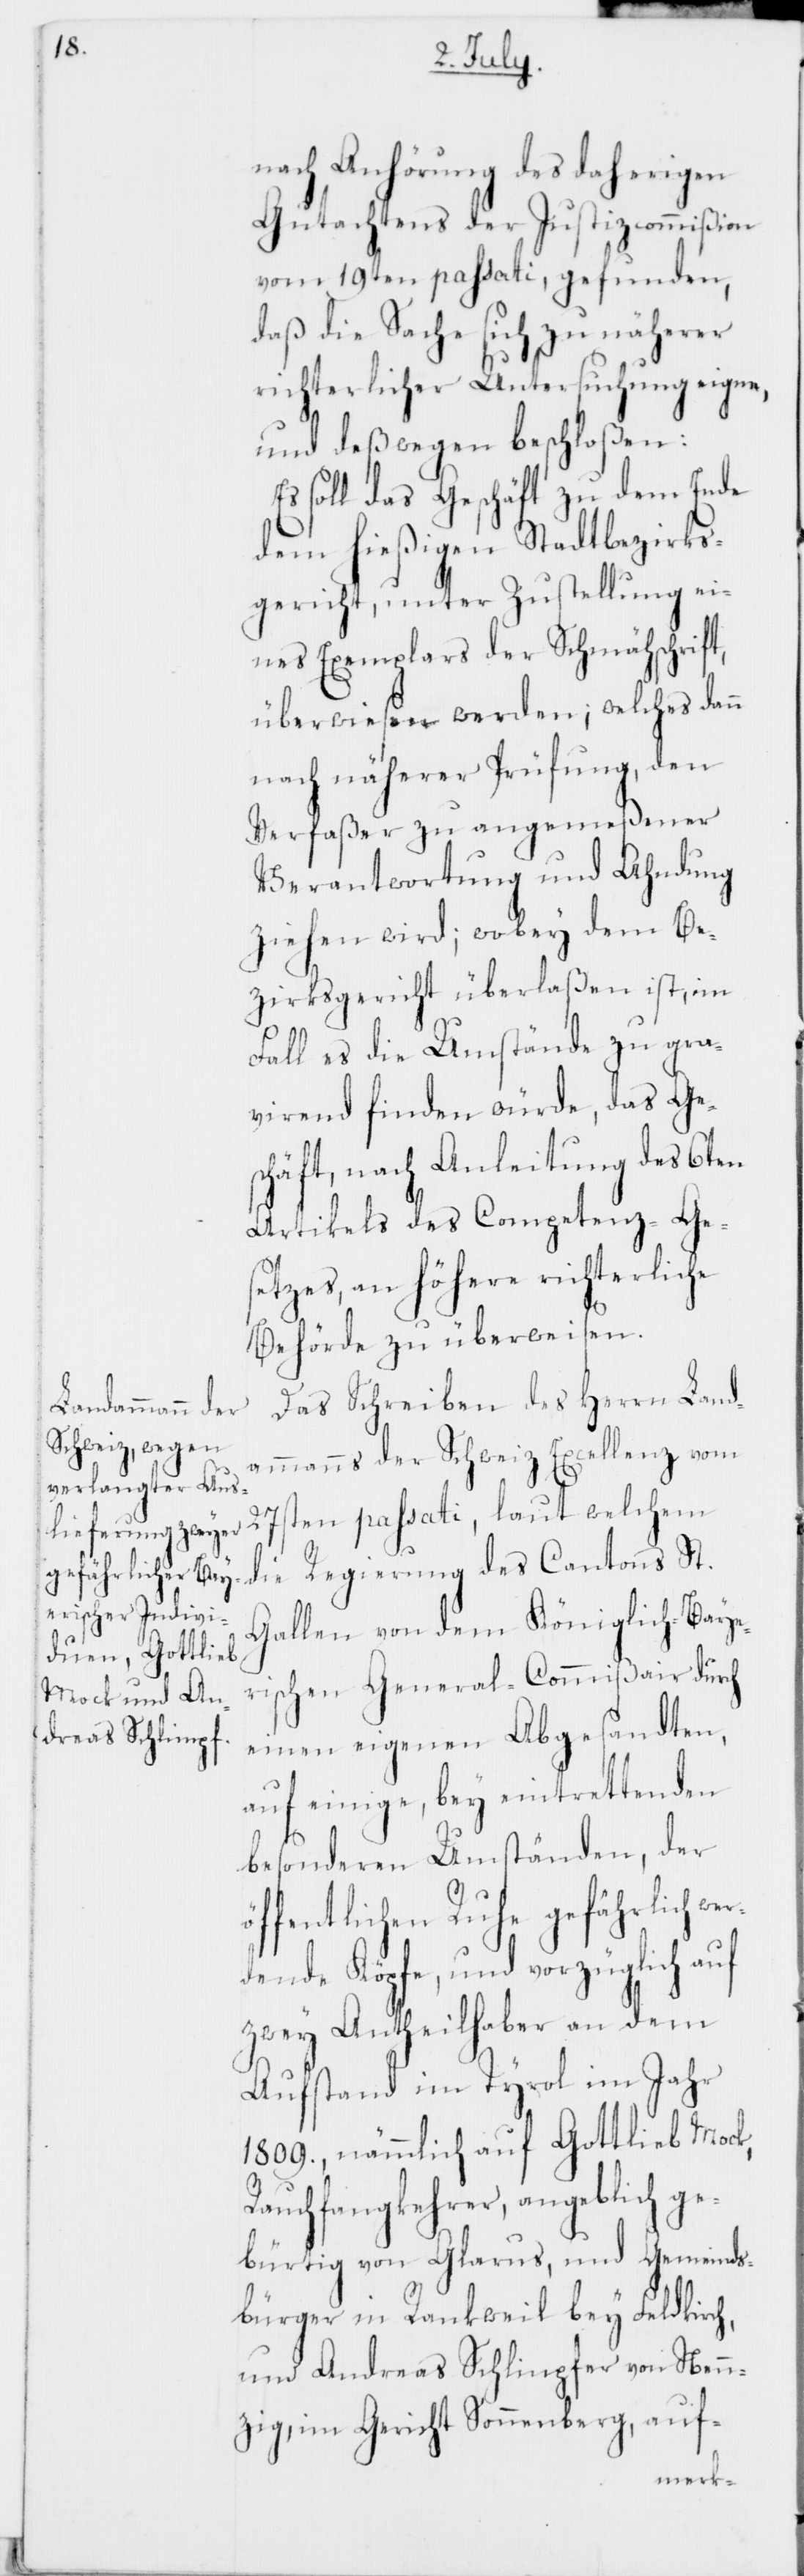
nach Anhörung des daherigen
Gutachtens der Justizcommißion
vom 19ten passati, gefunden,
daß die Sache sich zu näherer
richterlicher Untersuchung eigne,
und deßwegen beschloßen:
Es soll das Geschäft zu dem Ende
dem hießigen Stadtbezirks¬
gericht, unter Zustellung ei¬
nes Exemplars der Schmähschrift
überwiesen werden; welches dann
nach näherer Prüfung, den
Verfaßer zu angemeßener
Verantwortung und Ahndung
ziehen wird; wobey dem Be¬
zirkgericht überlaßen ist, im
Fall es die Umstände zu gra¬
virend finden würde, das Ge¬
schäft, nach Anleitung des 6ten
Artikels des Competenz-Ge¬
setzes an höhere richterliche
Behörde zu überweisen.
Das Schreiben des Herrn Land¬
ammanns der Schweiz Excellenz vom
27sten passati, laut welchem
die Regierung des Cantons St.
Gallen von dem Königlich-Baye¬
rischen General-Commißair durch
einen eigenen Abgesandten,
auf einige, bey eintrettenden
besonderen Umständen, der
öffentlichen Ruhe gefährlich we¬
rdende Köpfe, und vorzüglich auf
zwey Antheilhaber an dem
Aufstand im Tyrol im Jahr
1809., nämmlich auf Gottlieb Mock,
Rauchfangkehrer, angeblich ge¬
bürtig von Glarus und Gemeinds¬
bürger in Rankweil bey Feldkirch,
und Andreas Schlinpfer von Nenn¬
zig im Gericht Sonnenberg, auf-